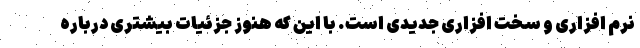
نرم افزاری و سخت افزاری جدیدی است. با این که هنوز جزئیات بیشتری درباره